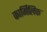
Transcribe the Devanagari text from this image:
कार्गिलिक